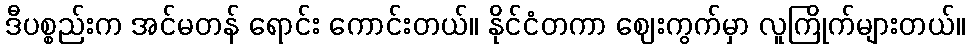
ဒီပစ္စည်းက အင်မတန် ရောင်း ကောင်းတယ်။ နိုင်ငံတကာ ဈေးကွက်မှာ လူကြိုက်များတယ်။